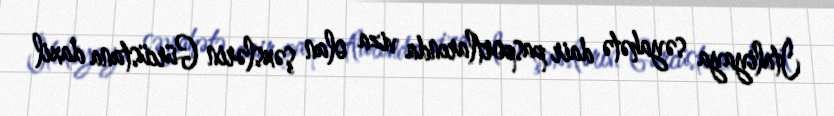
İtaliyaya səyahətə dair pasportlarında viza olan şəxslərin Gürcüstana daxil